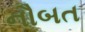
નૌબત